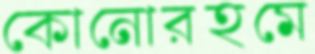
কোনোরহমে